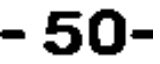
- 50-